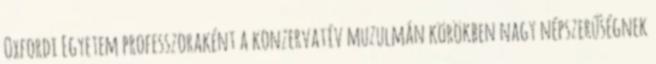
Oxfordi Egyetem professzoraként a konzervatív muzulmán körökben nagy népszerűségnek